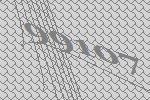
99107